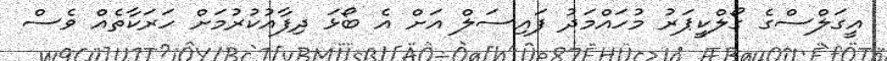
އީގަލްސްގެ ގޯލްކީޕަރު މުހައްމަދު ފައިސަލް އަށް އެ ބޯޅަ ދިފާއުކުރުމަށް ހަރަކާތެއް ވެސް